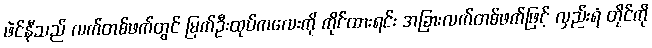
ဖဲင်နီသည် လက်တစ်ဖက်တွင် မြက်ဦးထုပ်ကလေးကို ကိုင်ထားရင်း အခြားလက်တစ်ဖက်ဖြင့် လှည်းရံ တိုင်ကို